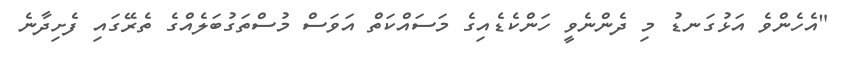
"އެހެންވެ އަޅުގަނޑު މި ދެންނެވީ ހަންކެޑެއިގެ މަސައްކަތް އަވަސް މުސްތަގުބަލެއްގެ ތެރޭގައި ފެށިދާނެ